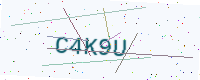
Text: C4K9U